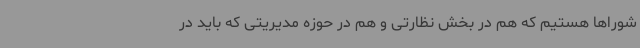
شوراها هستیم که هم در بخش نظارتی و هم در حوزه مدیریتی که باید در